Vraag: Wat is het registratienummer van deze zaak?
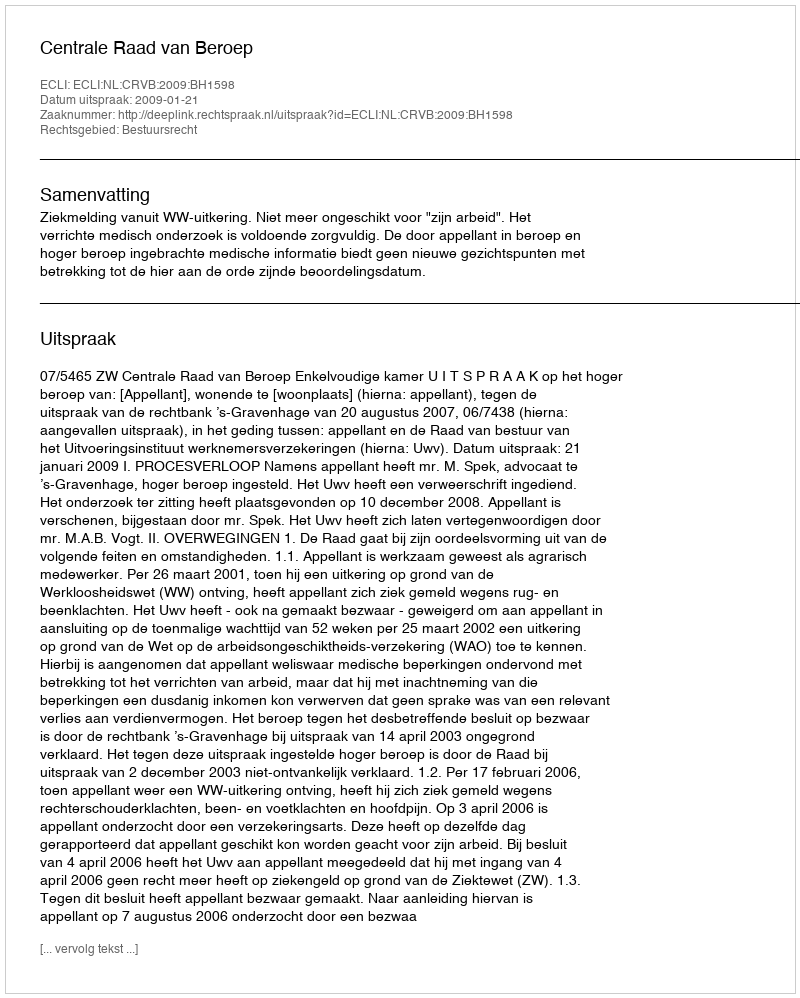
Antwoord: http://deeplink.rechtspraak.nl/uitspraak?id=ECLI:NL:CRVB:2009:BH1598